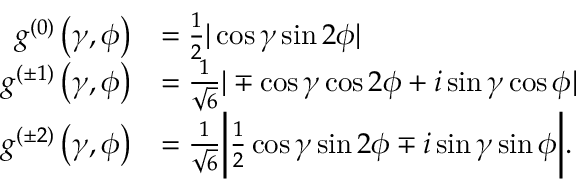
\begin{array} { r l } { g ^ { ( 0 ) } \left( \gamma , \phi \right) } & { = \frac { 1 } { 2 } | \cos \gamma \sin 2 \phi | } \\ { g ^ { ( \pm 1 ) } \left( \gamma , \phi \right) } & { = \frac { 1 } { \sqrt { 6 } } | \mp \cos \gamma \cos 2 \phi + i \sin \gamma \cos \phi | } \\ { g ^ { ( \pm 2 ) } \left( \gamma , \phi \right) } & { = \frac { 1 } { \sqrt { 6 } } \bigg | \frac { 1 } { 2 } \cos \gamma \sin 2 \phi \mp i \sin \gamma \sin \phi \bigg | . } \end{array}